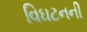
વિઘટનની